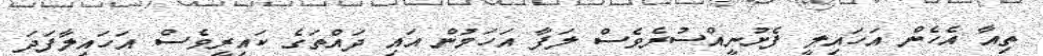
ތިއާ އެހެން އަހައިލީ ފެށުނީއްސުރެވެސް ލަފާ އަހަމުން އައި ދައްތަގެ ކައިރީވެސް އަހައިލާފަދަ